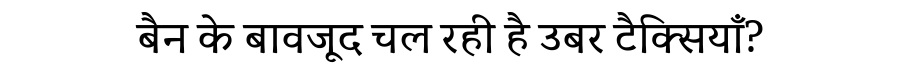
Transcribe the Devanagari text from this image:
बैन के बावजूद चल रही है उबर टैक्सियाँ?